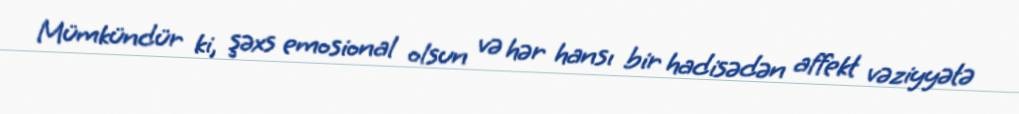
Mümkündür ki, şəxs emosional olsun və hər hansı bir hadisədən affekt vəziyyətə